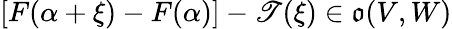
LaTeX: [F(\alpha+\xi)-F(\alpha)]-\mathscr{T}(\xi)\in{\mathfrak{{o}}}(V,W)